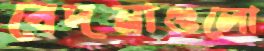
বেদনাগুলো